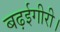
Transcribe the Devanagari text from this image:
बढ़ईगीरी।